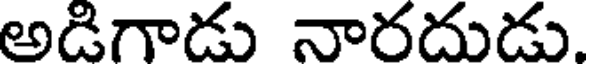
అడిగాడు నారదుడు.